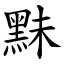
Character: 䵢